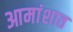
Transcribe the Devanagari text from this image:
आमांशात